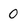
Character: 0